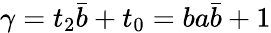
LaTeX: \gamma=t_{2}\bar{b}+t_{0}=ba\bar{b}+1